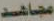
مجاهد